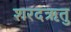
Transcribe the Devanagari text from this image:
शरदऋतु